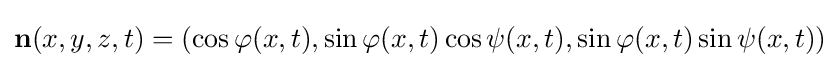
\mathbf {n} (x,y,z,t)=(\cos \varphi (x,t),\sin \varphi (x,t)\cos \psi (x,t),\sin \varphi (x,t)\sin \psi (x,t))